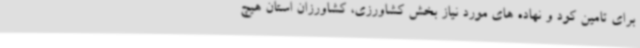
برای تامین کود و نهاده های مورد نیاز بخش کشاورزی، کشاورزان استان هیچ